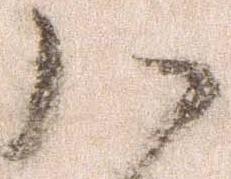
ハ